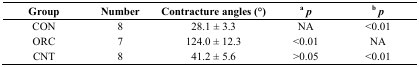
| Group | Number | Contracture angles (°) | ap | bp |
 | --- | --- | --- | --- | --- |
 | CON | 8 | 28.1 ± 3.3 | NA | <0.01 |
 | ORC | 7 | 124.0 ± 12.3 | <0.01 | NA |
 | CNT | 8 | 41.2 ± 5.6 | >0.05 | <0.01 |